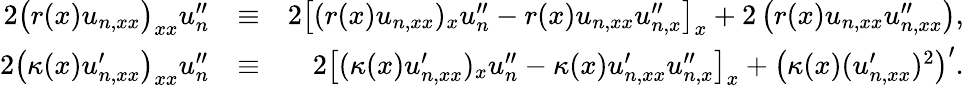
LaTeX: \begin{array}{rlr}{2\big(r(x)u_{n,xx}\big)_{xx}u_{n}^{\prime\prime}}&{\equiv}&{2\big[(r(x)u_{n,xx})_{x}u_{n}^{\prime\prime}-r(x)u_{n,xx}u_{n,x}^{\prime\prime}\big]_{x}+2\left(r(x)u_{n,xx}u_{n,xx}^{\prime\prime}\right),}\\ {2\big(\kappa(x)u_{n,xx}^{\prime}\big)_{xx}u_{n}^{\prime\prime}}&{\equiv}&{2\big[(\kappa(x)u_{n,xx}^{\prime})_{x}u_{n}^{\prime\prime}-\kappa(x)u_{n,xx}^{\prime}u_{n,x}^{\prime\prime}\big]_{x}+\left(\kappa(x)(u_{n,xx}^{\prime})^{2}\right)^{\prime}.}\end{array}